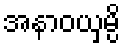
အနာဝယှမ္ပိ